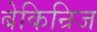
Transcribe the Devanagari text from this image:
बेकिन्रिज